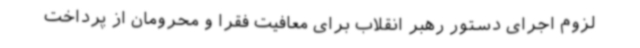
لزوم اجرای دستور رهبر انقلاب برای معافیت فقرا و محرومان از پرداخت